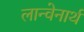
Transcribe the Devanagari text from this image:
लान्वेनार्थ